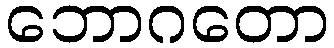
ဘောဂတော